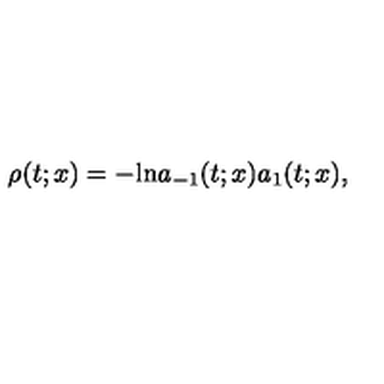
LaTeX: \rho ( t ; x ) = - \mathrm { l n } a _ { - 1 } ( t ; x ) a _ { 1 } ( t ; x ) ,